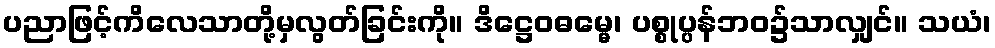
ပညာဖြင့်ကိလေသာတို့မှလွတ်ခြင်းကို။ ဒိဋ္ဌေဝဓမ္မေ၊ ပစ္စုပ္ပန်ဘဝ၌သာလျှင်။ သယံ၊